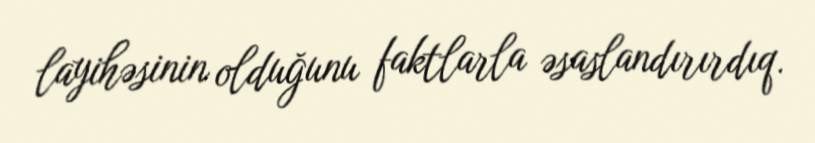
layihəsinin olduğunu faktlarla əsaslandırırdıq.